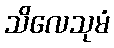
သိလေသုမံ